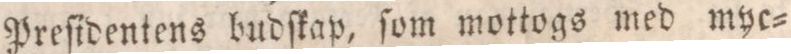
Preſidentens budſkap, ſom mottogs med myc=